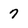
Character: 7